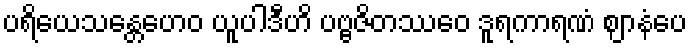
ပရိယေသန္တေဟေဝ ယူပါဒီဟိ ပဗ္ဗဇိတဿေဝ ဒူရကာရဏံ ဈာနံပေ